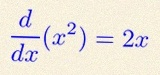
\frac{d}{dx}(x^2)=2x